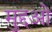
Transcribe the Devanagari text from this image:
मुद्दओ